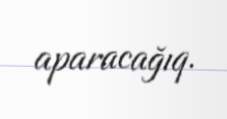
aparacağıq.